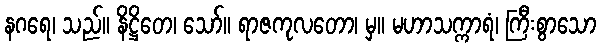
နဂရေ၊ သည်။ နိဋ္ဌိတေ၊ သော်။ ရာဇကုလတော၊ မှ။ မဟာသက္ကာရံ၊ ကြီးစွာသော